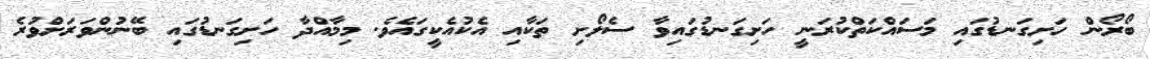
ބޯރޯން ހަށިގަނޑުގައި މަސައްކަތްކުރަނީ ހަށިގަނޑުގައިވާ ސެލޯށި ތަކާއި އެކުއެކީގައެވެ. މިމާއްދާ ހަށިގަނޑުގައި ބޭނުންވަރަށްވުރެ